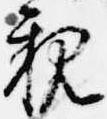
親